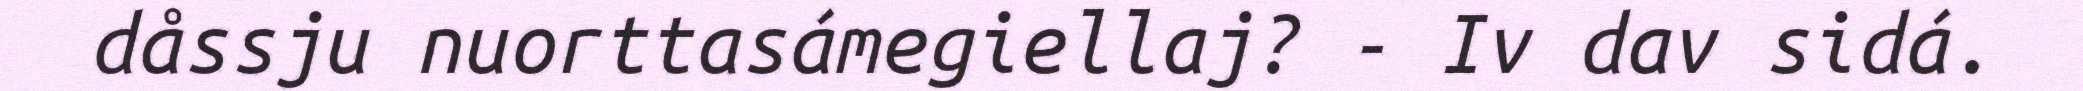
dåssju nuorttasámegiellaj? - Iv dav sidá.